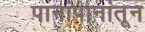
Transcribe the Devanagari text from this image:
पानांपानांतून